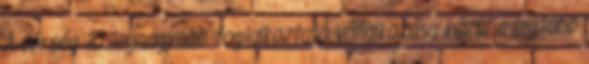
A térség 10 legnagyobb foglalkoztató vállalkozása közül a legtöbb